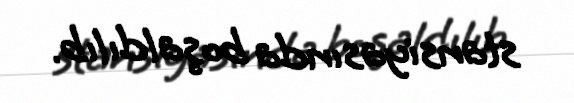
stansiyasında boşaldılıb.